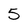
Character: 5